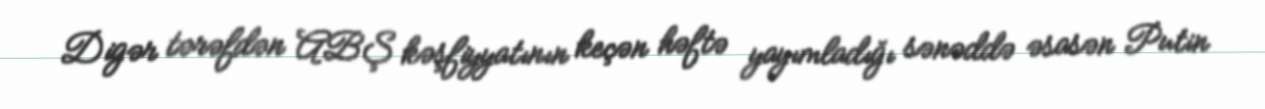
Digər tərəfdən ABŞ kəşfiyyatının keçən həftə yayımladığı sənəddə əsasən Putin